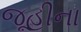
જૂહીના